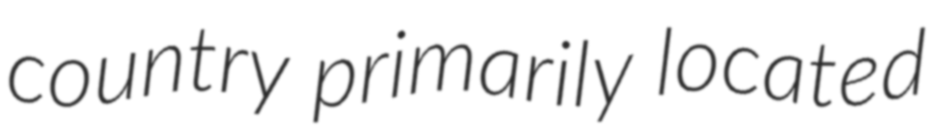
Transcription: country primarily located